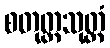
စတုတ္ထသုတ္တံ